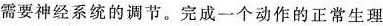
需要神经系统的调节。完成一个动作的正常生理